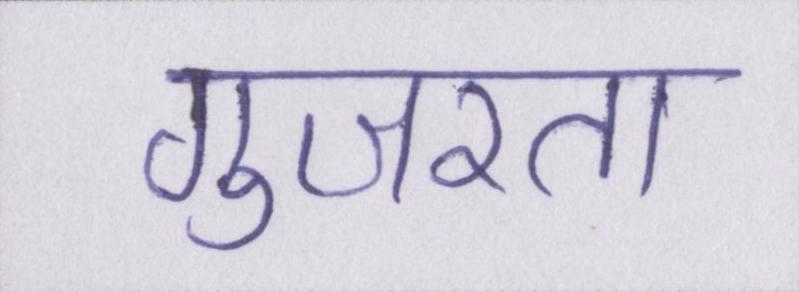
गुजरता